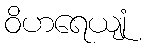
ဝိဟရေယျုံ